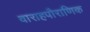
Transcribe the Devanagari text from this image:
वाराहपौराणिक